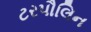
ટરપૌલિન